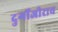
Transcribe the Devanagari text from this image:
दुर्गोजीराव